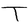
Character: T